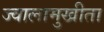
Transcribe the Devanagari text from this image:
ज्वालामुखीता